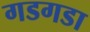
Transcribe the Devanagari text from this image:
गडगडा